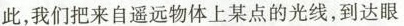
此，我们把来自遥远物体上某点的光线，到达眼